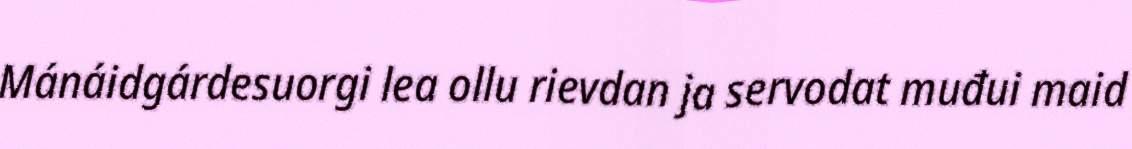
Mánáidgárdesuorgi lea ollu rievdan ja servodat muđui maid